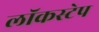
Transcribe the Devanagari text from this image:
लॉकस्टेप